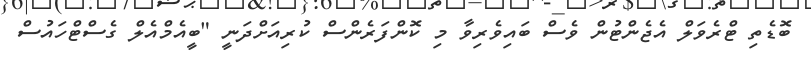
ބޮޑެތި ޓްރެވަލް އެޖެންޓުން ވެސް ބައިވެރިވާ މި ކޮންފަރެންސް ކުރިއަށްދަނީ "ބީއެމްއެލް ގެސްޓްހައުސް